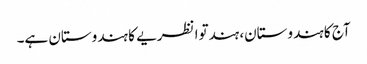
آج کا ہندوستان، ہندتوا نظریے کا ہندوستان ہے۔